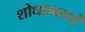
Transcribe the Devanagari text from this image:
शोधप्रबन्धों